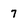
Character: 7